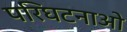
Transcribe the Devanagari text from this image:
परिघटनाओ